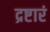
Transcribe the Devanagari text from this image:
द्रष्टारं